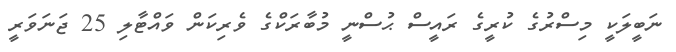
ނަބީލަކީ މިސްރުގެ ކުރީގެ ރައީސް ޙުސްނީ މުބާރަކްގެ ވެރިކަން ވައްޓާލި 25 ޖަނަވަރީ